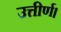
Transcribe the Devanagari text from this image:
उत्तीर्ण।